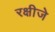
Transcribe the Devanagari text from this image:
रक्षीजे